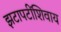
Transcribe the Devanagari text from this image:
झटापटींशिवाय